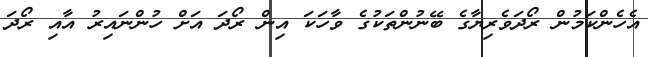
އެހެންކަމުން ރޯދަވެރިޔާގެ ބޭނުންތަކުގެ ވާހަކަ އިން ރޯދަ އަށް ހުންނައިރު އާއި ރޯދަ